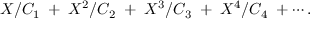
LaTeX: X / C _ { 1 } \; + \; X ^ { 2 } / C _ { 2 } \; + \; X ^ { 3 } / C _ { 3 } \; + \; X ^ { 4 } / C _ { 4 } \; + \cdots .